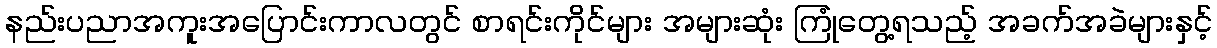
နည်းပညာအကူးအပြောင်းကာလတွင် စာရင်းကိုင်များ အများဆုံး ကြုံတွေ့ရသည့် အခက်အခဲများနှင့်